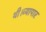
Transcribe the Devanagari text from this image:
थी।व्यापार